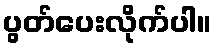
ပွတ်ပေးလိုက်ပါ။